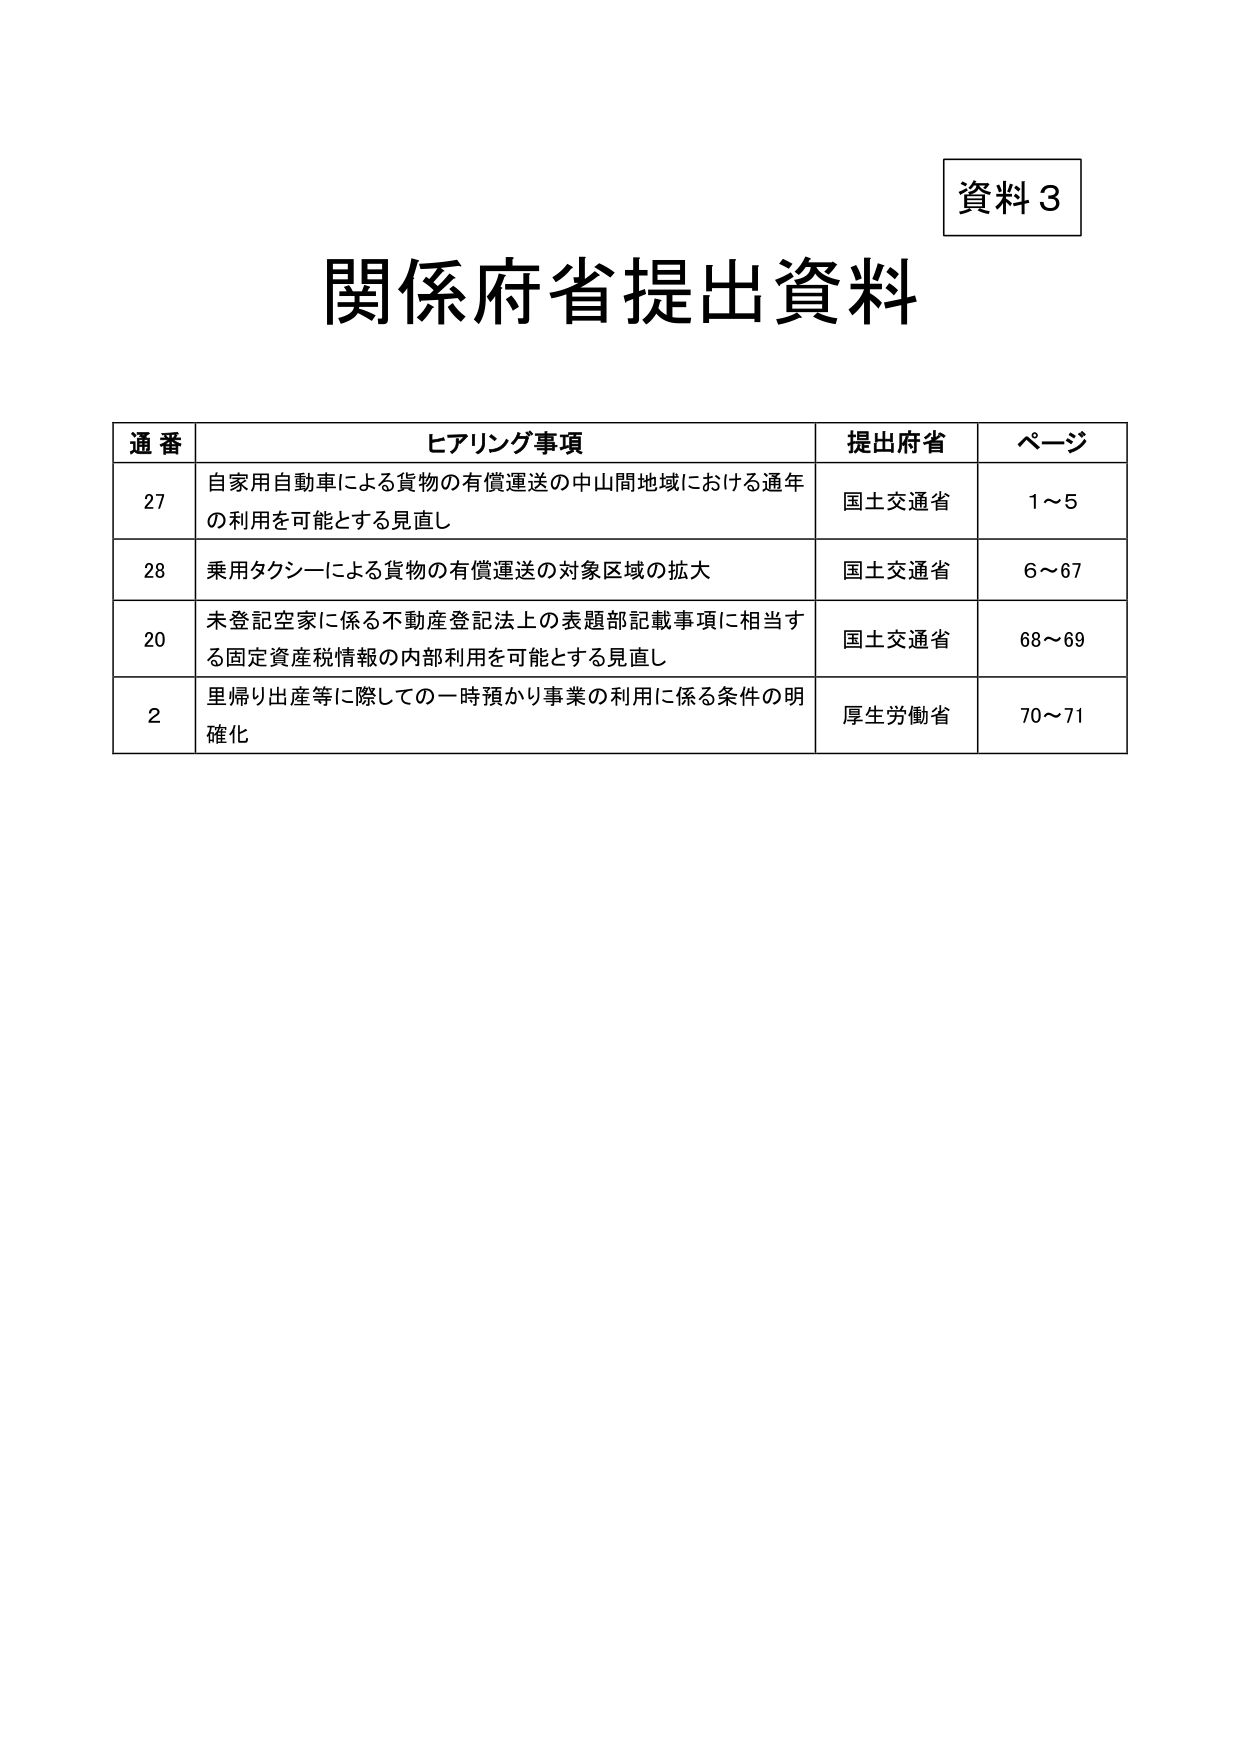
資料3
関係府省提出資料

通番 ヒアリング事項 提出府省 ページ
27 自家用自動車による貨物の有償運送の中山間地域における通年の利用を可能とする見直し 国土交通省 1～5
28 乗用タクシーによる貨物の有償運送の対象区域の拡大 国土交通省 6～67
20 未登記空家に係る不動産登記法上の表題部記載事項に相当する固定資産税情報の内部利用を可能とする見直し 国土交通省 68～69
2 里帰り出産等に際しての一時預かり事業の利用に係る条件の明確化 厚生労働省 70～71